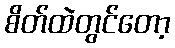
စိတ်ထဲတွင်တော့